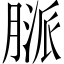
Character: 𦞓